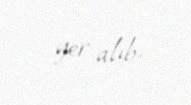
yer alıb.